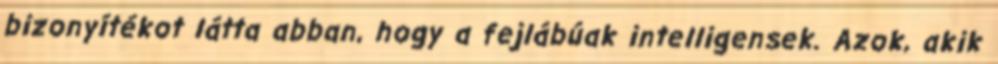
bizonyítékot látta abban, hogy a fejlábúak intelligensek. Azok, akik